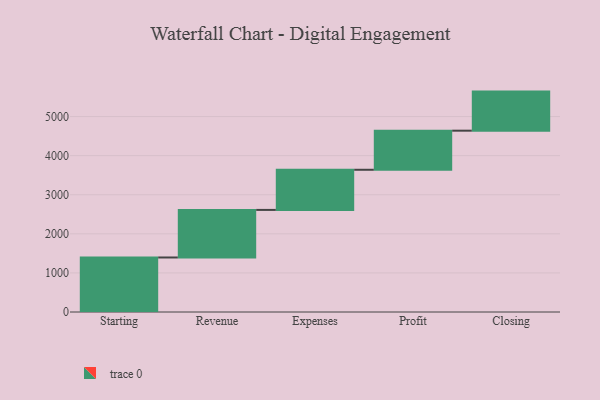
{"axis": {"x": "Step", "y": "Value"}, "legend": [""], "data": [{"x": "Starting", "y": 1395.0, "type": ""}, {"x": "Revenue", "y": 1217.0, "type": ""}, {"x": "Expenses", "y": 1027.0, "type": ""}, {"x": "Profit", "y": 1000, "type": ""}, {"x": "Closing", "y": 1000, "type": ""}]}